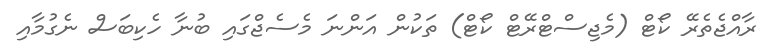
ރާއްޖެތެރޭ ކޯޓް (މެޖިސްޓްރޭޓް ކޯޓް) ތަކުން އަންނަ މެސެޖްގައި ބުނާ ހެކިބަސް ނެގުމާއި